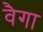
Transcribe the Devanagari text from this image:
वैगा